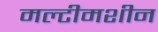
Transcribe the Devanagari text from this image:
मल्टीमशीन